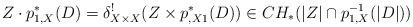
LaTeX: \begin{align*}Z\cdot p_{1,X}^*(D)= \delta_{X\times X}^{!}(Z\times p_{,X1}^*(D))\in CH_*(|Z|\cap p_{1,X}^{-1}(|D|))\end{align*}